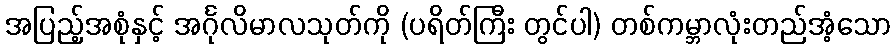
အပြည့်အစုံနှင့် အင်္ဂုလိမာလသုတ်ကို (ပရိတ်ကြီး တွင်ပါ) တစ်ကမ္ဘာလုံးတည်အံ့သော